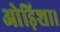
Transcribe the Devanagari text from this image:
ओड़िशा।